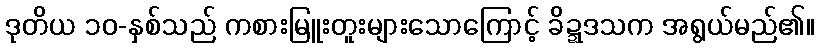
ဒုတိယ ၁၀-နှစ်သည် ကစားမြူးတူးများသောကြောင့် ခိဍ္ဍဒသက အရွယ်မည်၏။